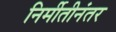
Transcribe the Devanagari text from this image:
निर्मीतीनंतर